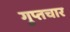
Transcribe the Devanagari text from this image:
गुप्तचार